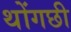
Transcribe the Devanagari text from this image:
थोंगछी